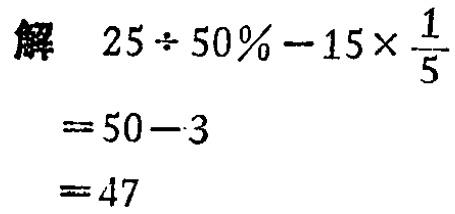
解

\[

\begin{align*}

&25\div 50\% - 15\times\frac{1}{5}\\

=&50 - 3\\

=&47

\end{align*}

\]